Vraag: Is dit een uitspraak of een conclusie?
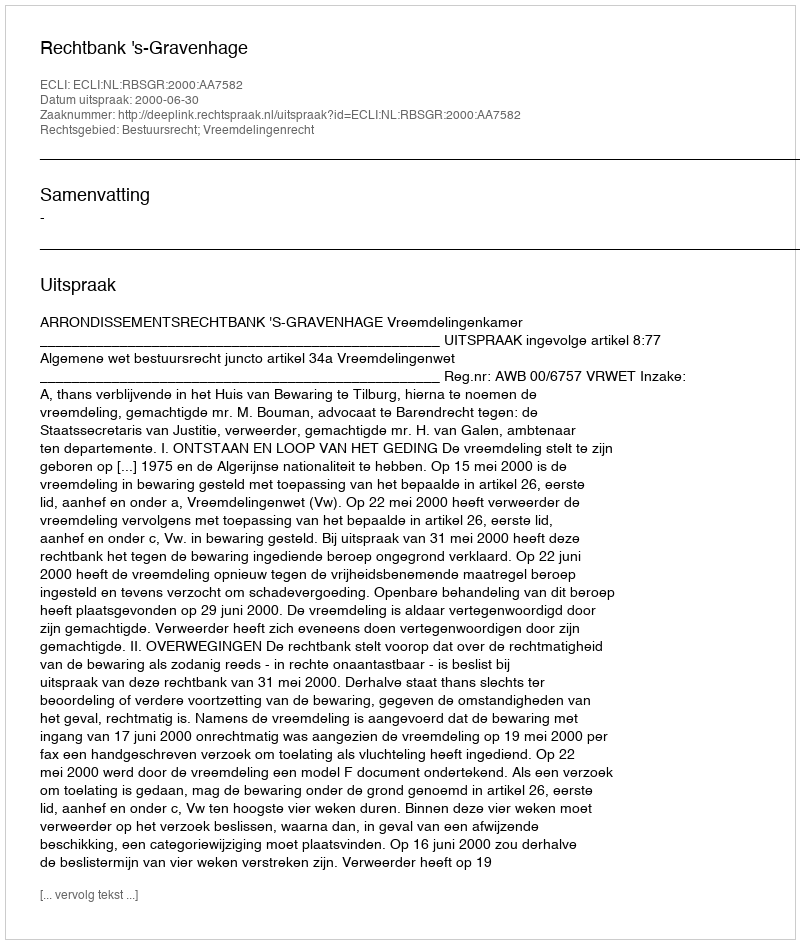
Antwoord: Uitspraak